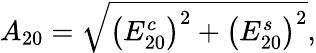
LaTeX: A_{20}=\sqrt{\left(E_{20}^{c}\right)^{2}+\left(E_{20}^{s}\right)^{2}},